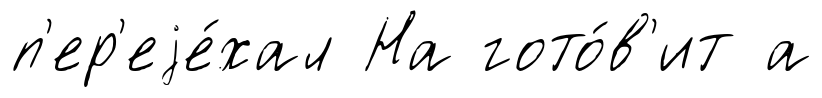
п'ер'еjе́хал На гото́в'ит а